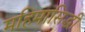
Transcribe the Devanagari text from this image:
महिमासिद्धी